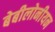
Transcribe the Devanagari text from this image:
बेबीलोनीयन